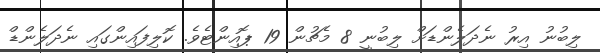
ލިބުނު އިރު ނެދަލެންޑަށް ލިބުނީ 8 މެޗުން 19 ޕޮއިންޓެވެ. ކޮލިފައިންގައި ނެދަލެންޑް